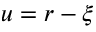
u = r - \xi